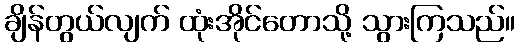
ချိန်တွယ်လျက် ထုံးအိုင်တောသို့ သွားကြသည်။